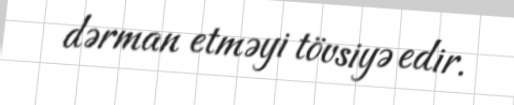
dərman etməyi tövsiyə edir.